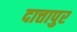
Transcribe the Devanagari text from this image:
दात्तापुर